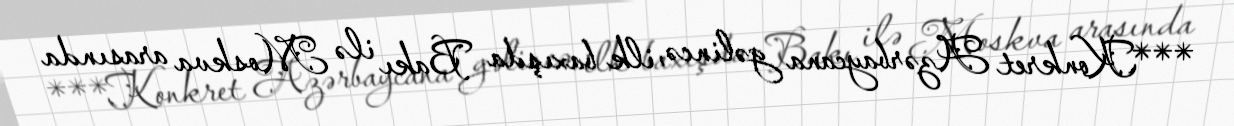
***Konkret Azərbaycana gəlincə, ilk baxışda Bakı ilə Moskva arasında